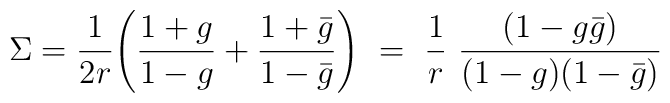
\Sigma = \frac {1}{2r} \Biggl(\frac {1 +g}{1 - g} + \frac{1 +\bar g}{1 -\bar g}\Biggr)\  =\  \frac{1}{r}\ \frac {(1 - g\bar g)}{(1- g)(1 - \bar g)}